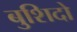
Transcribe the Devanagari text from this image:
बुशिदो